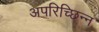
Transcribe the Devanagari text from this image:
अपरिच्छिन्न